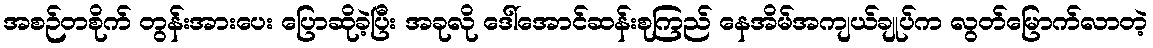
အစဉ်တစိုက် တွန်းအားပေး ပြောဆိုခဲ့ပြီး အခုလို ဒေါ်အောင်ဆန်းစုကြည် နေအိမ်အကျယ်ချုပ်က လွတ်မြောက်လာတဲ့